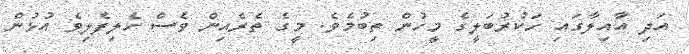
އަދި އާއިލާގައި ހަކުރުބަލީގެ މީހުން ތިބުމެވެ. މީގެ ތެރެއިން ވެސް ހެލިފެލިވެ އުޅުން